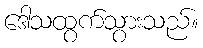
ဒေါသထွက်သွားသည်။